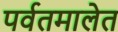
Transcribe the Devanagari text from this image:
पर्वतमालेत